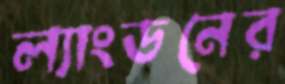
ল্যাংডনের